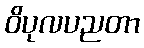
ဝိပုလပညတာ